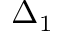
\Delta _ { 1 }